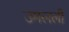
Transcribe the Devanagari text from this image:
उमलली